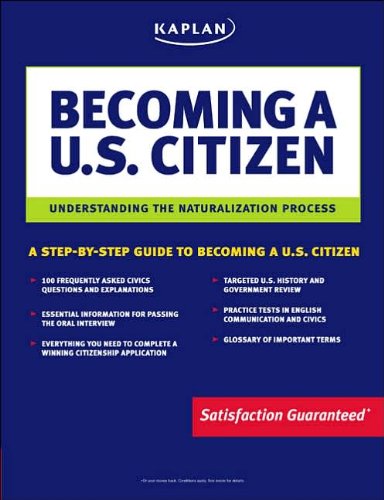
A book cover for Kaplan Becoming a U.S. Citizen: Understanding the Naturalization Process; Lauren Starkey; Test Preparation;